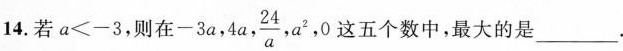
14.若$$a < - 3$$，则在-3a,4a, \frac{24}{a},a^{2},0 这五个数中，最大的是___.